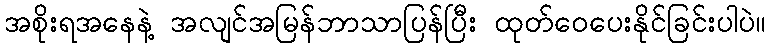
အစိုးရအနေနဲ့ အလျင်အမြန်ဘာသာပြန်ပြီး ထုတ်ဝေပေးနိုင်ခြင်းပါပဲ။